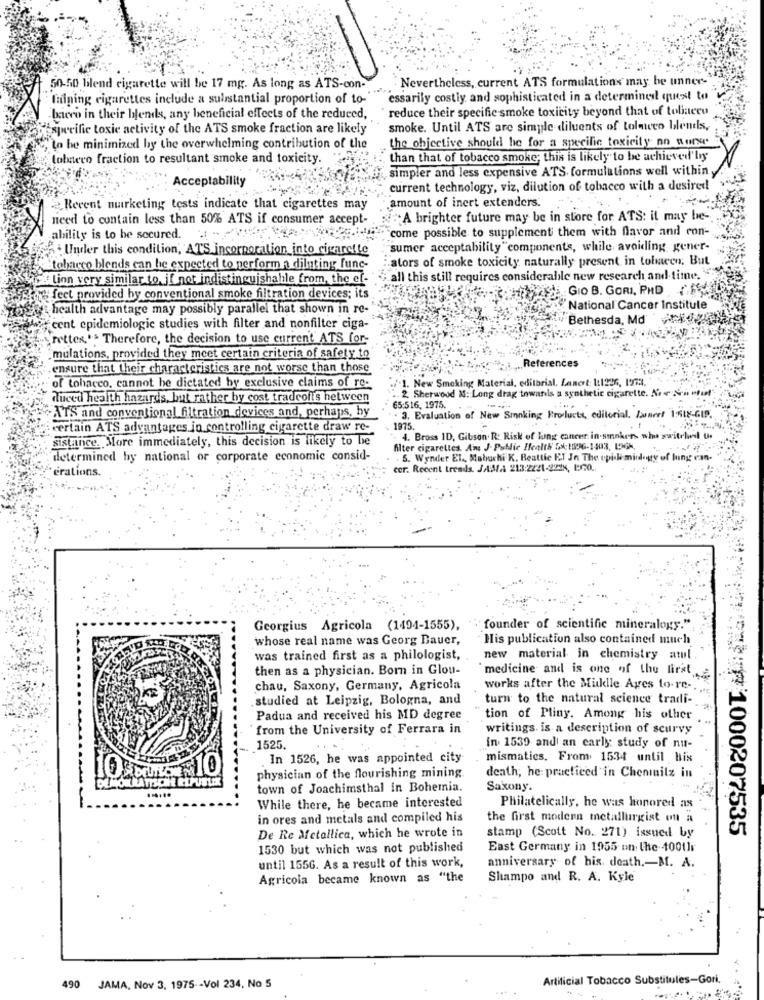
Nevertheless, current ATS formulations may be unner-
50-50 bilend cigarette will be 17 mg. As long as ATS-con-
fidining cigarettes include a sulistantial proportion of to-
essarily costly and sophisticated in a determined quest to
reduce their specific smoke toxicity beyond that of toliaccu
bero in their blends, any beneficial effects of the reduced,
specific toxic activity of the ATS smoke fraction are likely
smoke. Until ATS are simple diluents of tolacco blends,
the objective should be for a specific toxicity no aute
"Lo he minimized by the overwhelming contribution of the
tolero fraction to resultant smoke and toxicity.
than that of tobacco smoke; this is likely to be achieved'liy
simpler and less expensive ATS. formulations well within
Acceptability
current technology, viz, dilution of tobacco with a desired"
2Recent murketing tests indicate that cigarettes may
amount of inert extenders.
need to contain less than 50% ATS if consumer accept-
"A brighter future may be in store for ATS: it may be -..
come possible to supplement them with flavor and con-
ability is to be secured.
Under this condition, ATS incorporation into cigarette
sumer acceptability "components, while avoiding gener-
alors of smoke toxicity naturally present in tolmacen. But
Bteharco blends can be expected to perform a diluting func-
"lion very similar to, jf not indistinguishable from, the ef
all this still requires considerable new research and time.
fect provided hy conventional smoke filtration devices; its
di GIO B. GORI, PHD ( FM
health advantage may possibly parallel that shown in re-
National Cancer Institute
Bethesda, Md
cent epidemiologic studies with filter and nonfilter ciga-
rettes,'' Therefore, the decision to use current ATS for-
mulations, provided they meet certain criteria of safety to
ensure that their characteristics are not worse than those
.. References
"1. New Smoking Material, editorial, Lanert: 1:1296, 1973.
of tobacco, cannot be dictated by exclusive claims of re:
duced health hazards, but rather by cost tradcolis hetween
. 2. Sherwood M: Long drag towards a synthetic cigarette. No
65:516, 1975.
. 3. Evaluation of New Smoking Prodlucts, editorial, Inert 1:518-GIP.
ATS and conventional filtration devices and, perhaps, by
certain ATS advantages in controlling cigarette draw re-
1975.
sistance. More immediately, this decision is likely to be
4. Bross ID, Gibson. R: Risk of lung cancer. in-smokers who switched U.
filter cigarettes. Am J. Public Health 5X:1896-1403. LIGN,
determined by national or corporate economic consid-
. 5. Wonder EL ., Mabuchi K. Beattie ET In The epick mindegy of luing emn.
érations.
cer. Recent treads. JAMA 213:2221-2228, 170 ..
Georgius Agricola (1494-1555),
founder of scientific mineralogy."
whose real name was Georg Bauer,
His publication also contained much
was trained first as a philologist,
new material in chemistry atul
then as a physician. Born in Glou-
medicine and is one of the first,
chau, Saxony, Germany, Agricola
works after the Miklle Ages to.re-
studied at Leipzig, Bologna, and
turn to the natural science tradi-
Padua and received his MD degree
tion of Pliny. Among his other
from the University of Ferrara in
writings. is a description of scurvy
1525.
in 1539 and an early study of nu-
. In 1526, he was appointed city
mismatics, From 1534 until his
10
DEMOM
physician of the flourishing mining
death, he practiced in Chenmuitz in
town of Joachimsthal in Bohemia.
Saxony.
While there, he became interested
Philatelically, he was honored as
in ores and metals and compiled his
the first modern metallurgist ont a
stamp (Scott No. 271) issued by
#1000207535
De Re Metallica, which he wrote in
1530 but which was not published
East Germany in 1955 on: the 100tlr
until 1556. As a result of this work,
anniversary of his death ,- M. A.
Agricola became known as "the
Shampo and R. A. Kyle
Artificial Tobacco Substitules-Gori.
490
JAMA, Nov 3, 1975 -- Vol 234, No 5